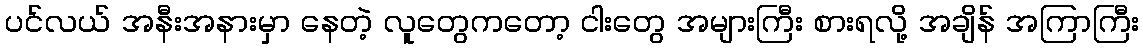
ပင်လယ် အနီးအနားမှာ နေတဲ့ လူတွေကတော့ ငါးတွေ အများကြီး စားရလို့ အချိန် အကြာကြီး